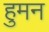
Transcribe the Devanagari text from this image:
हुमन